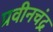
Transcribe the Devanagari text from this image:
प्रवीनचंद्र